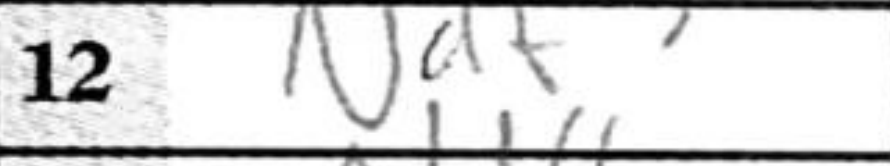
Transcription: Ndf3